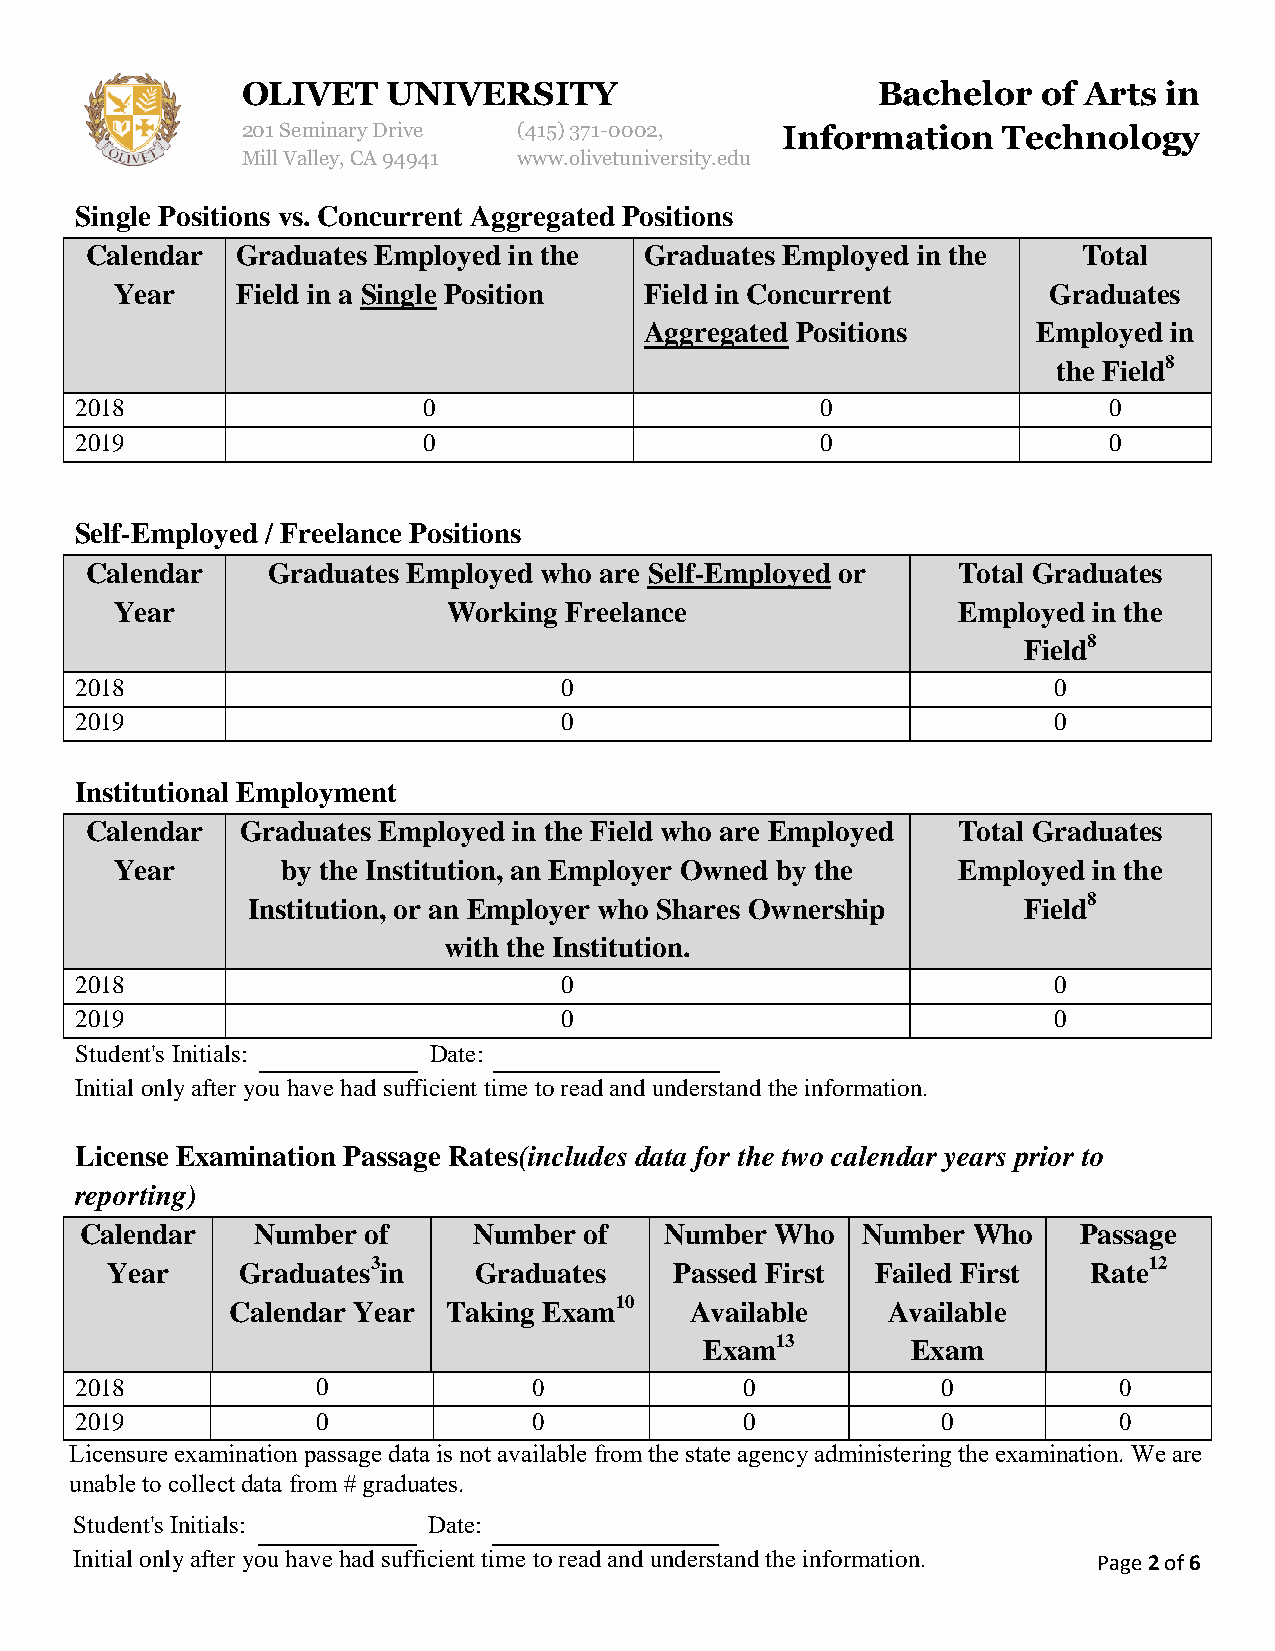
OLIVET    UNIVERSITY                      Bachelor   of Arts in
 201 Seminary Drive (415)371-0002,   Information   Technology
 Mill Valley, CA 94941 www.olivetuniversity.edu
 Single Positions vs. Concurrent Aggregated Positions
 Calendar  Graduates Employed in the  Graduates Employed in the    Total
 Year    Field in a Single Position Field in Concurrent       Graduates
 Aggregated Positions      Employed in
 the Field8
 2018                   0                         0                  0
 2019                   0                         0                  0
 Self-Employed / Freelance Positions
 Calendar    Graduates Employed who are Self-Employed or  Total Graduates
 Year                  Working Freelance                Employed in the
 Field8
 2018                            0                                0
 2019                            0                                0
 Institutional Employment
 Calendar  Graduates Employed in the Field who are Employed Total Graduates
 Year       by the Institution, an Employer Owned by the Employed in the
 Institution, or an Employer who Shares Ownership    Field8
 with the Institution.
 2018                            0                                0
 2019                            0                                0
 Student's Initials:    Date:
 Initial only after you have had sufficient time to read and understand the information.
 License Examination Passage Rates(includes data for the two calendar years prior to
 reporting)
 Calendar    Number of     Number  of   Number Who   Number Who     Passage
 Year     Graduates3in   Graduates     Passed First Failed First  Rate12
 Calendar Year  Taking Exam10   Available    Available
 Exam13       Exam
 2018            0             0             0            0           0
 2019            0             0             0            0           0
 Licensure examination passage data is not available from the state agency administering the examination. We are
 unable to collect data from # graduates.
 Student's Initials:    Date:
 Initial only after you have had sufficient time to read and understand the information. Page 2 of 6